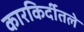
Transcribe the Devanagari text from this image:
कारकिर्दीतले